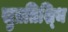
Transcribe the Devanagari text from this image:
सुप्रतिश्थि